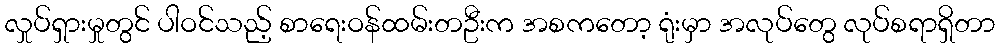
လှုပ်ရှားမှုတွင် ပါဝင်သည့် စာရေးဝန်ထမ်းတဦးက အစကတော့ ရုံးမှာ အလုပ်တွေ လုပ်စရာရှိတာ